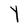
Character: Y